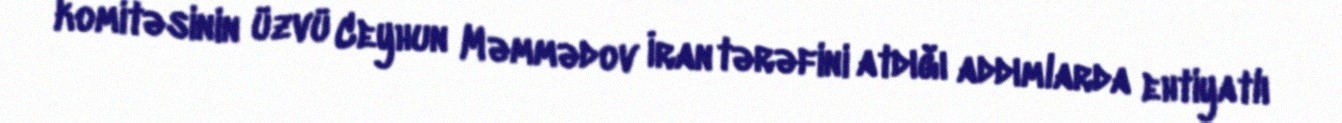
komitəsinin üzvü Ceyhun Məmmədov İran tərəfini atdığı addımlarda ehtiyatlı